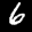
Label: 6